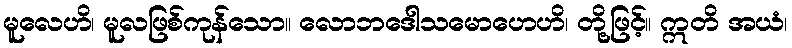
မူလေဟိ၊ မူလဖြစ်ကုန်သော။ လောဘဒေါသမောဟေဟိ၊ တို့ဖြင့်။ ဣတိ အယံ၊